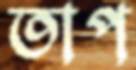
তাপ